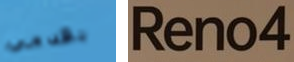
بقدمي Reno4